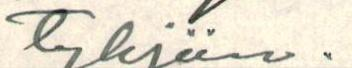
tyhjiin.